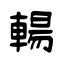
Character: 輰